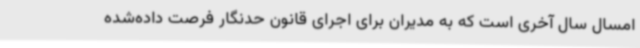
امسال سال آخری است که به مدیران برای اجرای قانون حدنگار فرصت داده‌شده